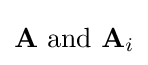
\mathbf {A} {\text{ and }}\mathbf {A} _{i}